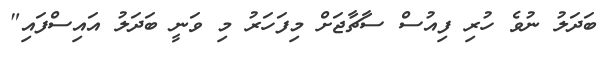
ބަދަލު ނުވެ ހުރި ފިއުސް ސާޗާޖަށް މިފަހަރު މި ވަނީ ބަދަލު އައިސްފައި"